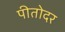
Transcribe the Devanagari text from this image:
पीतोदर